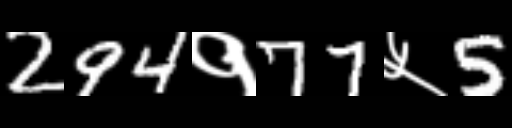
Text: 294१77५5